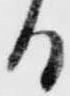
る